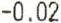
-0.02